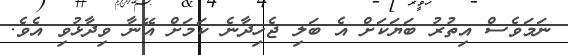
ނަމަވެސް އިތުރު ބަޔަކަށް އެ ބަލި ޖެހިދާނެ ކަމަށް އޭނާ ވިދާޅުވި އެވެ.